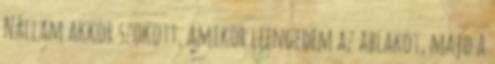
Nállam akkor szokott, amikor leengedem az ablakot, majd a